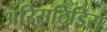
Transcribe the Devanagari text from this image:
अरिसटिडिस